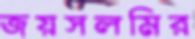
জয়সলমির